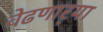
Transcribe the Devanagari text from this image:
वेढणार्‍या